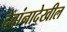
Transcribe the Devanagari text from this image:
देवांनादेखील